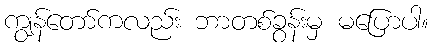
ကျွန်တော်ကလည်း ဘာတစ်ခွန်းမှ မပြောပါ။